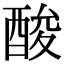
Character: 酸